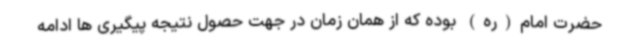
حضرت امام(ره) بوده که از همان زمان در جهت حصول نتیجه پیگیری ها ادامه